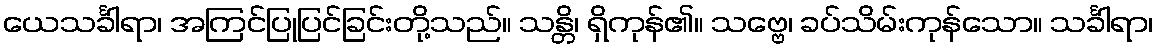
ယေသင်္ခါရာ၊ အကြင်ပြုပြင်ခြင်းတို့သည်။ သန္တိ၊ ရှိကုန်၏။ သဗ္ဗေ၊ ခပ်သိမ်းကုန်သော။ သင်္ခါရာ၊